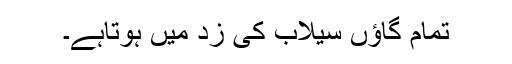
تمام گاؤں سیلاب کی زد میں ہوتاہے۔